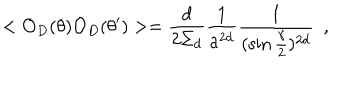
LaTeX: < { \cal O } _ { D } ( \theta ) { \cal O } _ { D } ( \theta ^ { \prime } ) > = { \frac { d } { 2 \Sigma _ { d } } } { \frac { 1 } { a ^ { 2 d } } } { \frac { 1 } { ( \sin { \frac { \gamma } { 2 } } ) ^ { 2 d } } } ~ ~ ,